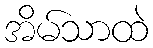
အိမ်သာထဲ